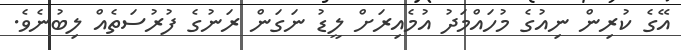
އޭގެ ކުރިން ނިއުގެ މުހައްމަދު އުމެއިރަށް ލީޑު ނަގަން ރަނުގެ ފުރުސަތެއް ލިބުނެވެ.